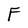
Character: F